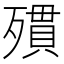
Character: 𣩔